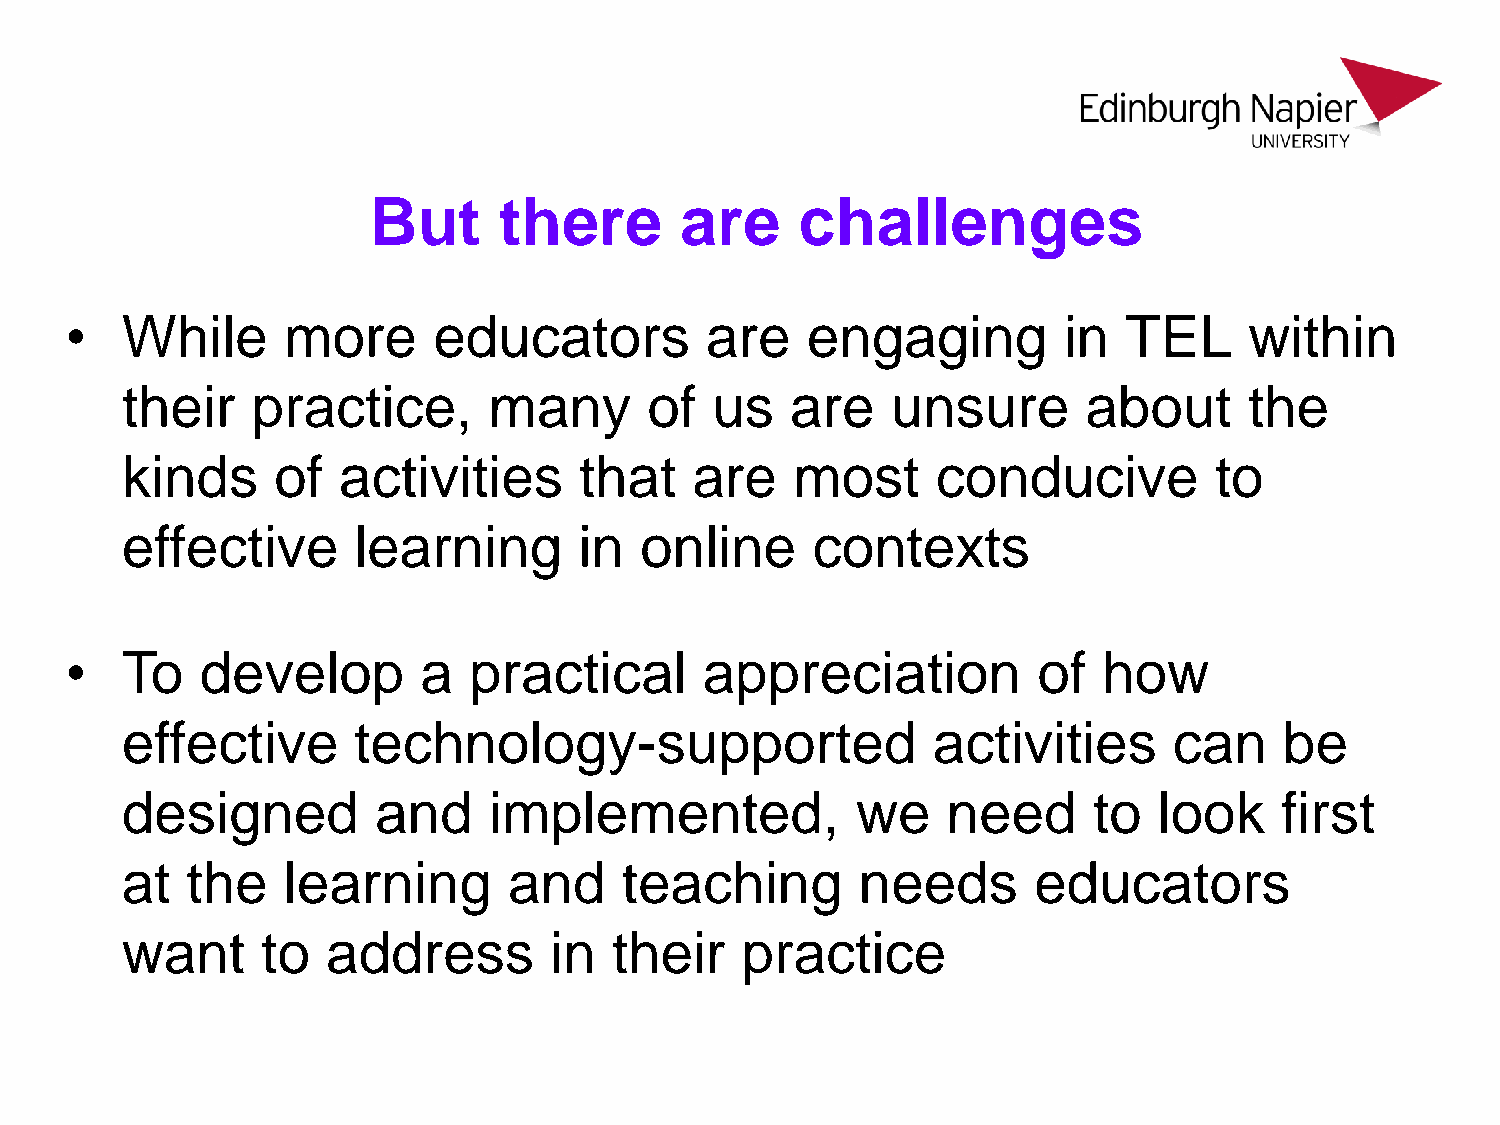
But      there       are     challenges
 •   While      more      educators         are   engaging         in   TEL     within
 their    practice,      many       of  us   are    unsure       about      the
 kinds     of  activities      that    are    most     conducive         to
 effective      learning       in  online      contexts
 •   To   develop        a  practical       appreciation          of  how
 effective      technology-supported                   activities      can    be
 designed         and    implemented,             we    need     to   look    first
 at  the    learning       and    teaching        needs      educators
 want     to   address       in   their   practice